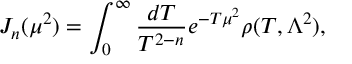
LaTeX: J _ { n } ( \mu ^ { 2 } ) = \int _ { 0 } ^ { \infty } \frac { d T } { T ^ { 2 - n } } e ^ { - T \mu ^ { 2 } } \rho ( T , \Lambda ^ { 2 } ) ,